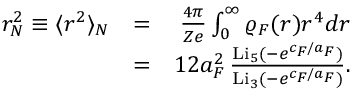
\begin{array} { r l r } { r _ { N } ^ { 2 } \equiv \langle r ^ { 2 } \rangle _ { N } } & { = } & { \frac { 4 \pi } { Z e } \int _ { 0 } ^ { \infty } \varrho _ { F } ( r ) r ^ { 4 } d r } \\ & { = } & { 1 2 a _ { F } ^ { 2 } \, \frac { \mathrm { L i } _ { 5 } ( - e ^ { c _ { F } / a _ { F } } ) } { \mathrm { L i } _ { 3 } ( - e ^ { c _ { F } / a _ { F } } ) } . } \end{array}